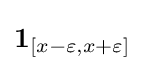
\mathbf {1} _{[x-\varepsilon ,x+\varepsilon ]}